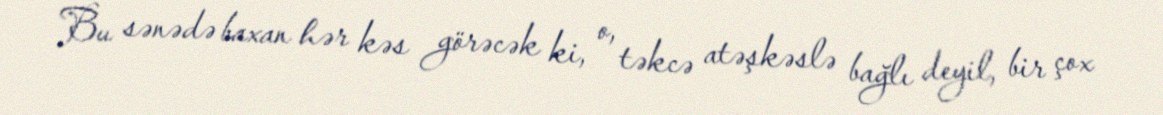
Bu sənədə baxan hər kəs görəcək ki, o, təkcə atəşkəslə bağlı deyil, bir çox